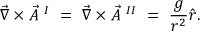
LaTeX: \vec { \nabla } \times \vec { A } ~ ^ { I } ~ = ~ \vec { \nabla } \times \vec { A } ~ ^ { I I } ~ = ~ { \frac { g } { r ^ { 2 } } } \hat { r } .